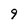
Character: 9